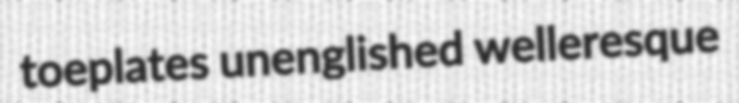
toeplates unenglished welleresque